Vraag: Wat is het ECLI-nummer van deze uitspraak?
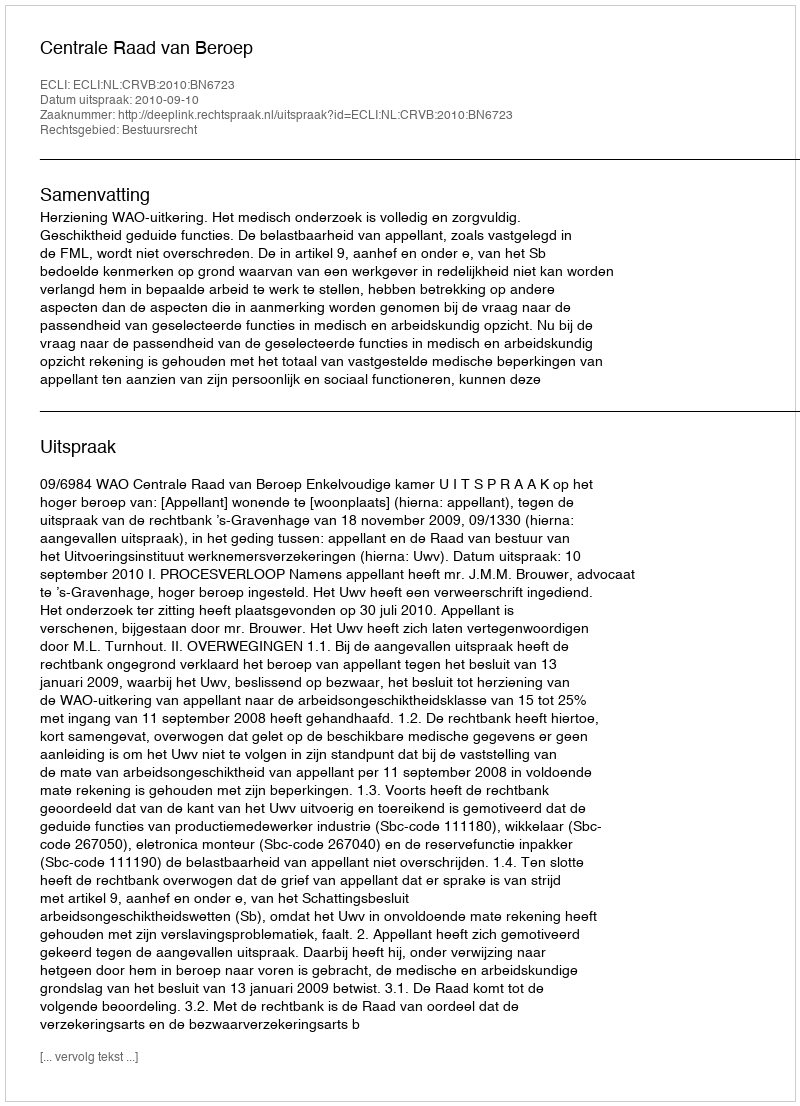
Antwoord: ECLI:NL:CRVB:2010:BN6723